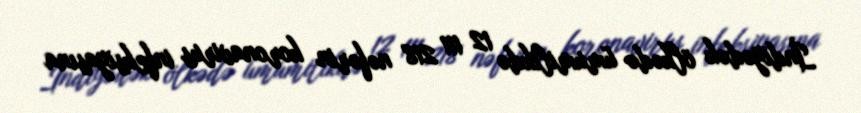
İndiyədək ölkədə ümumilikdə 12 111 218 nəfərin koronavirus infeksiyasına